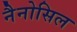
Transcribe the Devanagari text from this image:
नैनोसिल